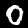
Digit: 0